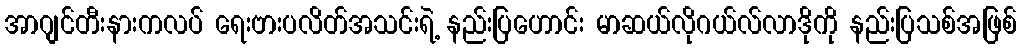
အာဂျင်တီးနားကလပ် ရေးဗားပလိတ်အသင်းရဲ့ နည်းပြဟောင်း မာဆယ်လိုဂယ်လ်လာဒိုကို နည်းပြသစ်အဖြစ်